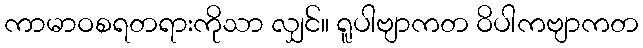
ကာမာဝစရတရားကိုသာ လျှင်။ ရူပါဗျာကတ ဝိပါကဗျာကတ